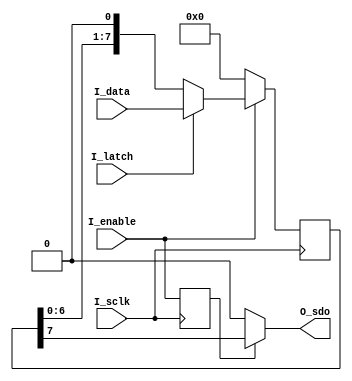
`timescale 1ns / 1ps
//////////////////////////////////////////////////////////////////////////////////
// Company: Analog Devices Inc.
// 
// Design Name: 
// Module Name:    spi_encoder 
// Project Name: 
// Target Devices:
// Tool versions:
// Description: Encoder (serializer) for SPI data.
// This encoder assumes MSB first transfer.
//
// Dependencies: 
//
// Revision: 1.00
// Revision 0.01 - File Created
// Additional Comments: 
//
//////////////////////////////////////////////////////////////////////////////////
module spi_encoder #
(
	parameter DATA_SIZE = 8		// The size of the parallel input data.
)
(
	//
	//			------- Inputs -------
	//
	input I_sclk,								// Serial data clock
	input I_enable,							// Enable for the decoder
	input I_latch,								// Latch for reading data into shift register
	input [DATA_SIZE - 1:0] I_data,		// Parallel input data
	//
	//			------- Outputs -------
	//
	output O_sdo								// Serial data output
);

reg [DATA_SIZE - 1:0] shift_data;		// Shift register data
reg sdo_enable;								// SDO enable

//	Assign SDO, assuming MSB-first transfers.
assign O_sdo = sdo_enable ? shift_data[DATA_SIZE - 1] : 1'b0;

//	Latch shift register, then shift data to MSB.
//	**	This always block uses the negedge of the I_sclk because serial data out
// 	needs to be ready before the next I_sclk after a valid address has been received.
always @(negedge I_sclk)
	if (I_enable) begin
		if (I_latch) shift_data <= I_data;
		else			 shift_data <= {shift_data[DATA_SIZE - 2:0], 1'b0};
	end
	else shift_data <= 0;

// Synchronize enable for SDO with the negative edge of the clock.
always @(negedge I_sclk)
	sdo_enable <= I_enable;

endmodule